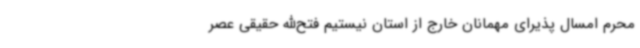
محرم امسال پذیرای مهمانان خارج از استان نیستیم فتح‌الله حقیقی عصر